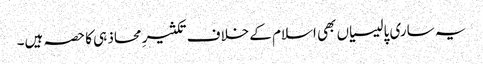
یہ ساری پالیسیاں بھی اسلام کے خلاف تکثیرِ محاذ ہی کا حصہ ہیں۔